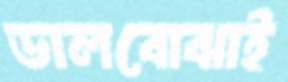
ডালবোঝাই